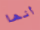
أنها